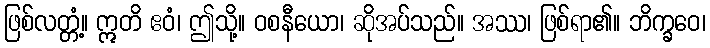
ဖြစ်လတ္တံ့။ ဣတိ ဧဝံ၊ ဤသို့။ ဝစနီယော၊ ဆိုအပ်သည်။ အဿ၊ ဖြစ်ရာ၏။ ဘိက္ခဝေ၊